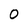
Character: 0